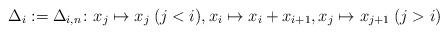
LaTeX: \begin{align*} \Delta_i := \Delta_{i,n}\colon x_j \mapsto x_j \: (j<i), x_i \mapsto x_i+x_{i+1}, x_j \mapsto x_{j+1} \: (j>i)\end{align*}